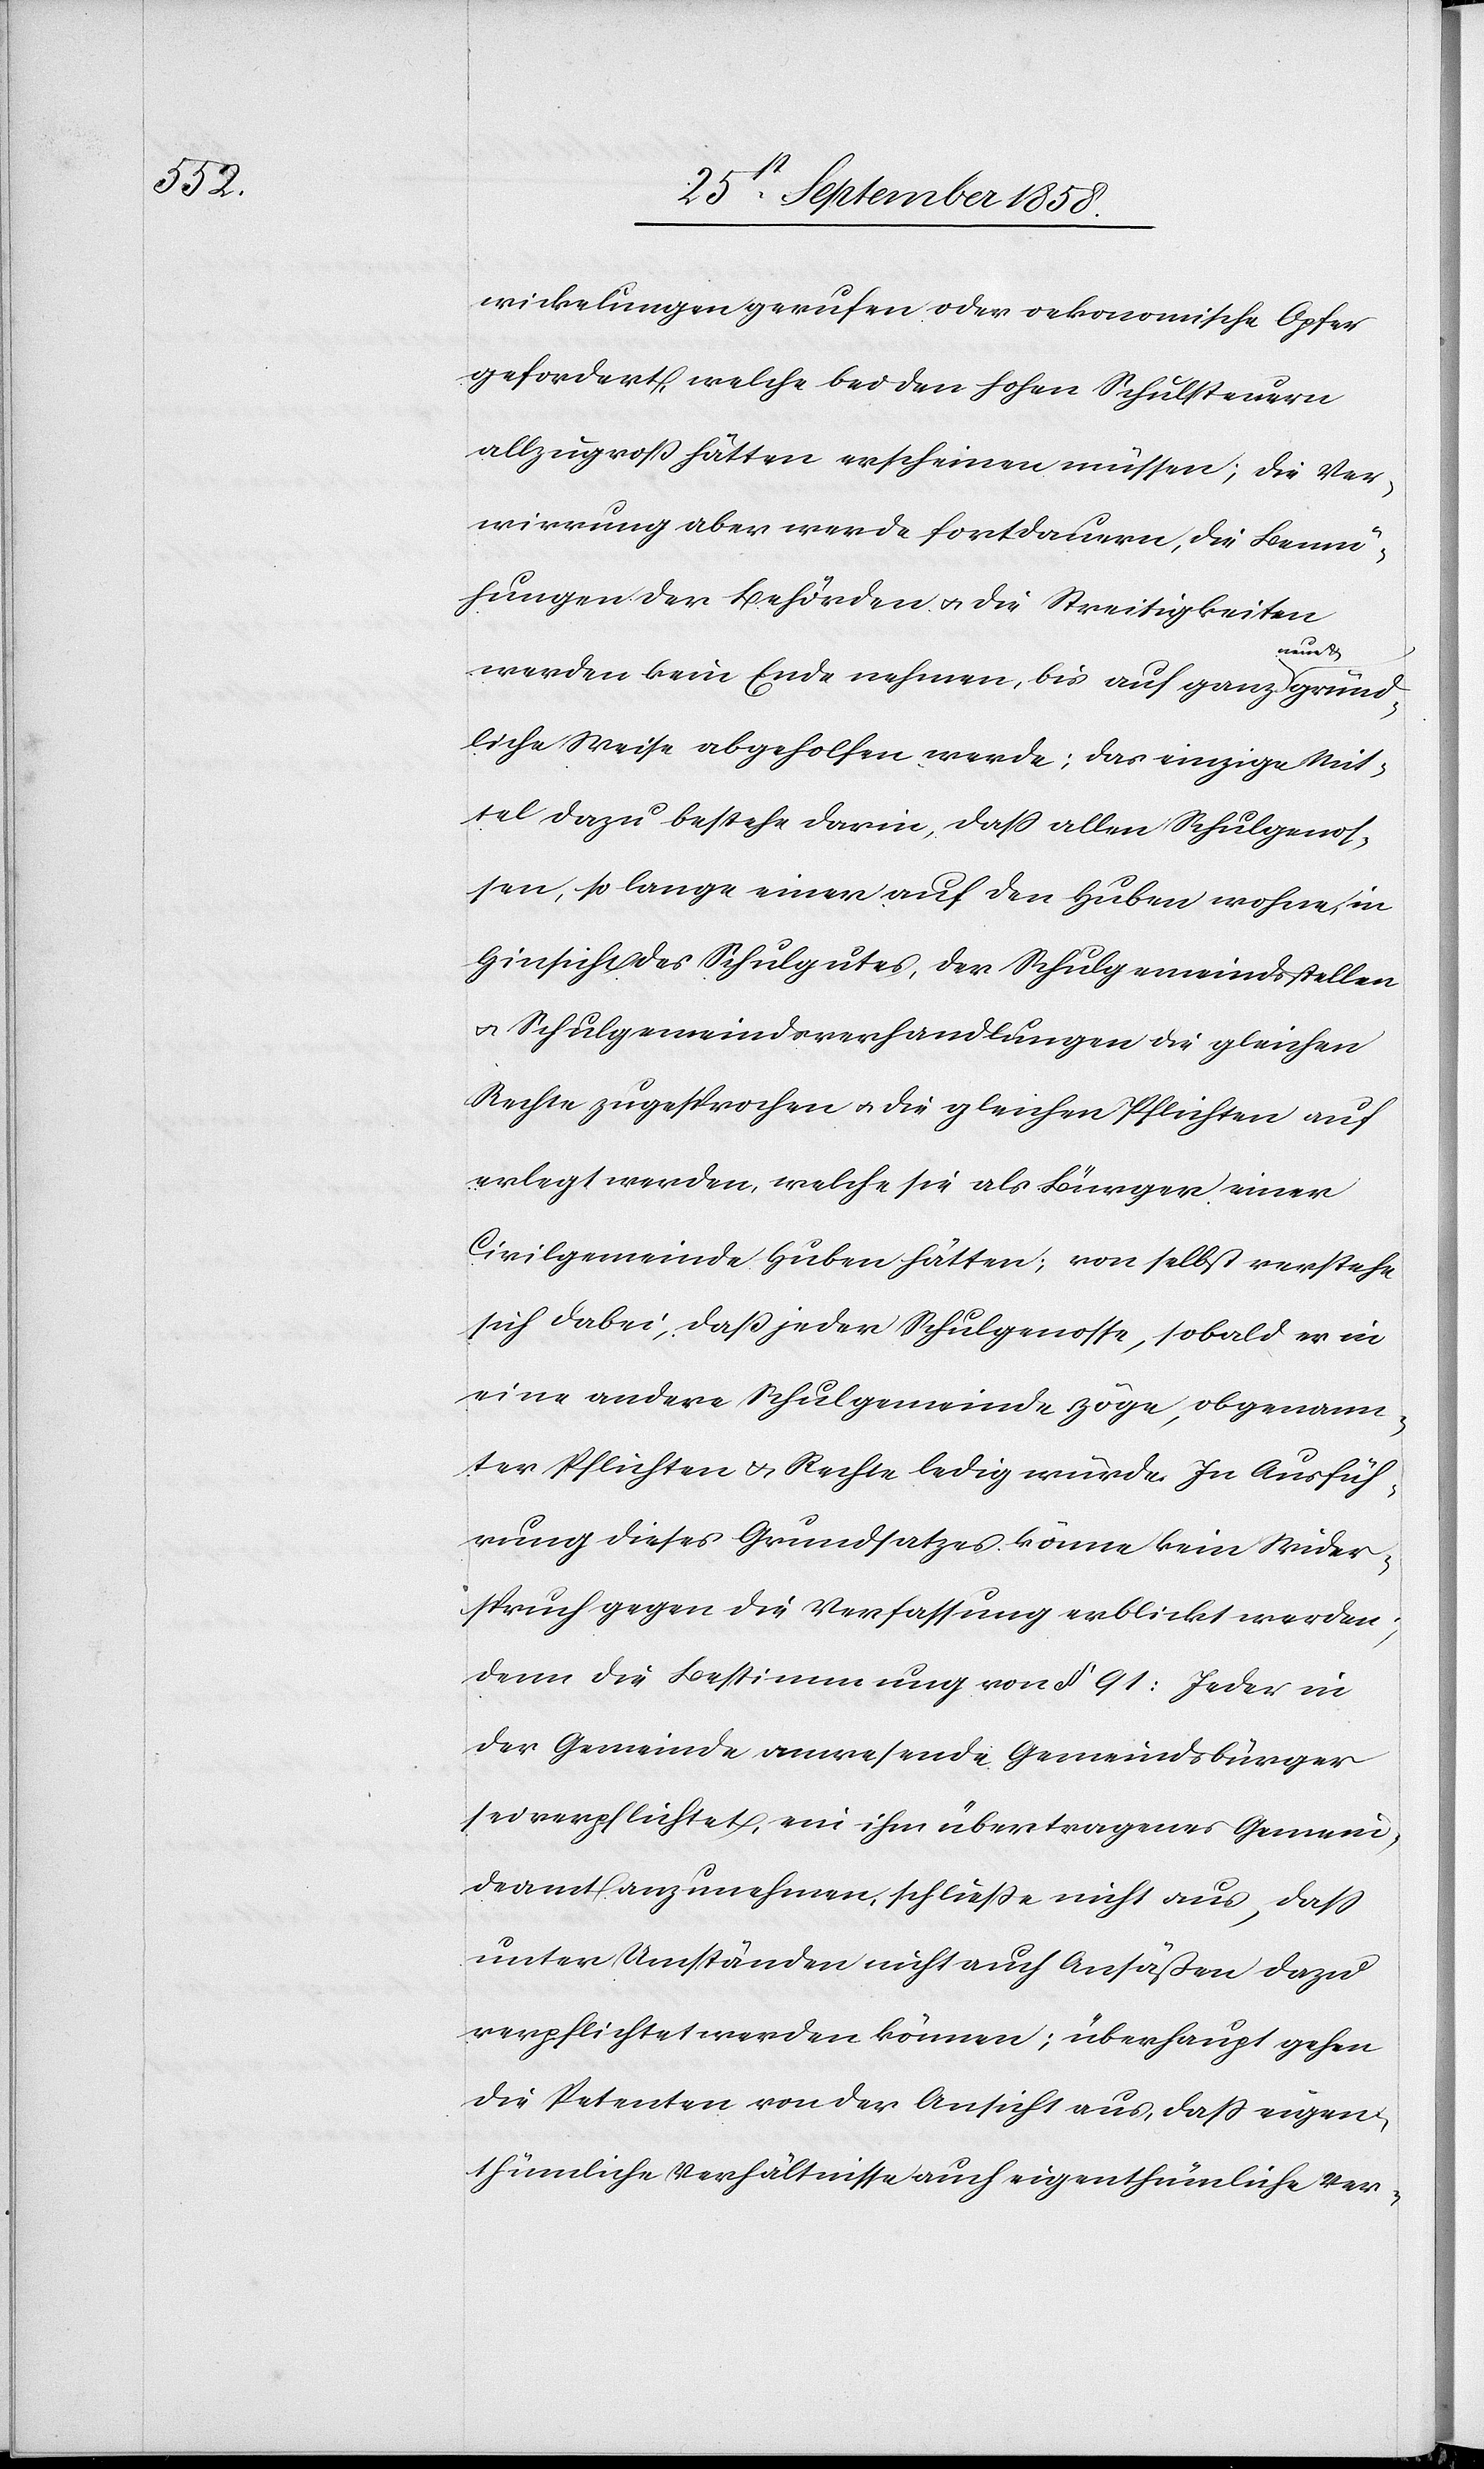
wikelungen gerufen oder oekonomische Opfer
gefordert, welche bei den hohen Schulsteuern
allzugroß hätten erscheinen müssen; die Ver¬
wirrung aber werde fortdauern, die Bemü¬
hungen der Behörden & die Streitigkeiten
werden kein Ende nehmen, bis auf ganz neue & gründ¬
liche Weise abgeholfen werde; das einzige Mit¬
tel dazu bestehe darin, dass allen Schulgenos¬
sen, so lange einer auf den Huben wohne, in
Hinsicht des Schulgutes, der Schulgemeindsstellen
& Schulgemeindsverhandlungen die gleichen
Rechte zugesprochen & die gleichen Pflichten auf¬
erlegt werden, welche sie als Bürger einer
Civilgemeinde Huben hätten; von selbst verstehe
sich dabei, daß jeder Schulgenosse, sobald er in
eine andere Schulgemeinde zöge, obgenann¬
ter Pflichten & Rechte ledig würde. In Ausfüh¬
rung dieses Grundsatzes könne kein Wider¬
spruch gegen die Verfassung erblickt werden;
denn die Bestimmung von § 91: Jeder in
der Gemeinde anwesende Gemeindsbürger
sei verpflichtet, ein ihm übertragenes Gemein¬
deamt anzunehmen, schließe nicht aus, dass
unter Umständen nicht auch Ansäßen dazu
verpflichtet werden können; überhaupt gehen
die Petenten von der Ansicht aus, dass eigen¬
thümliche Verhältnisse auch eigenthümliche Ver-